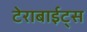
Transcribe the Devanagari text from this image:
टेराबाईट्स